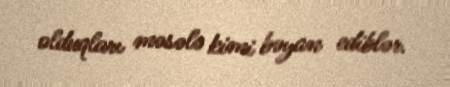
olduqları məsələ kimi bəyan ediblər.